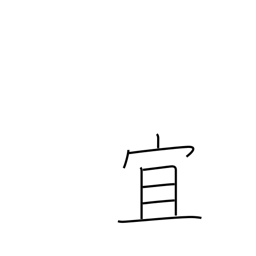
Meaning: best regards